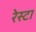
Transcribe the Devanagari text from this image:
रेस्टा